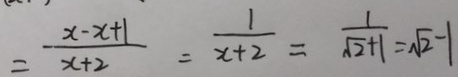
= \frac { x - x + 1 } { x + 2 } = \frac { 1 } { x + 2 } = \frac { 1 } { \sqrt { 2 } + 1 } = \sqrt { 2 } - 1